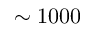
\sim 1 0 0 0